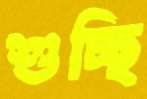
শুচ্ছি